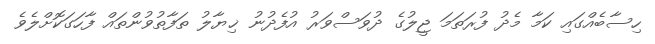
ހިސާބެއްގައި ކަމާ މެދު ފުރަތަމަ ޖީލުގެ ދުވަސްވަރު އުފެދުނު ޚިޔާލު ތަފާތުވުންތައް ފާހަގަކޮށްލެވެ